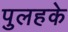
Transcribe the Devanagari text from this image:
पुलहके